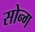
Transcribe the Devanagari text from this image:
सोन्ग